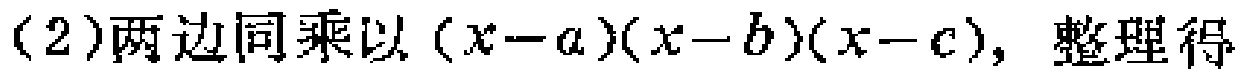
(2)两边同乘以\((x - a)(x - b)(x - c)\)，整理得